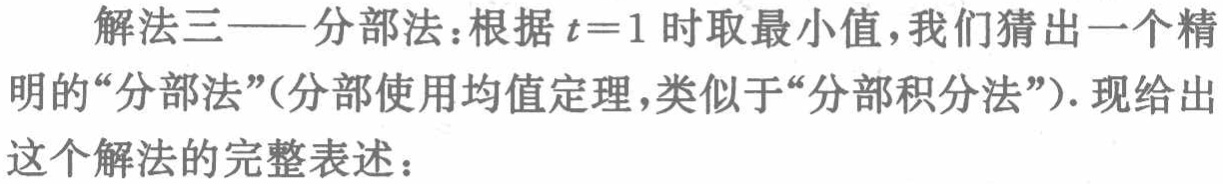
解法三——分部法：根据\(t = 1\)时取最小值，我们猜出一个精明的“分部法”(分部使用均值定理，类似于“分部积分法”)。现给出这个解法的完整表述：